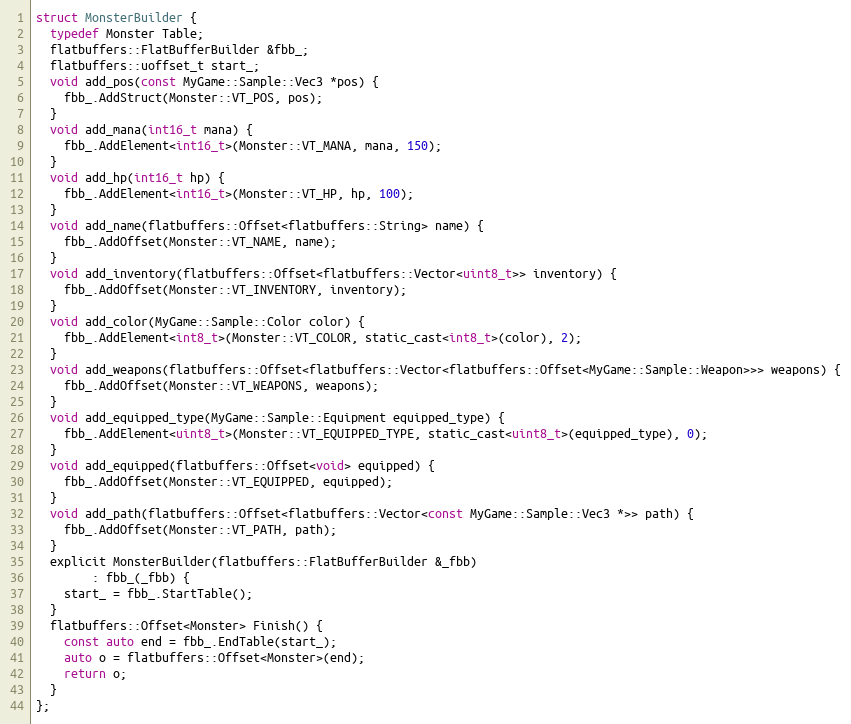
Language: C
struct MonsterBuilder {
  typedef Monster Table;
  flatbuffers::FlatBufferBuilder &fbb_;
  flatbuffers::uoffset_t start_;
  void add_pos(const MyGame::Sample::Vec3 *pos) {
    fbb_.AddStruct(Monster::VT_POS, pos);
  }
  void add_mana(int16_t mana) {
    fbb_.AddElement<int16_t>(Monster::VT_MANA, mana, 150);
  }
  void add_hp(int16_t hp) {
    fbb_.AddElement<int16_t>(Monster::VT_HP, hp, 100);
  }
  void add_name(flatbuffers::Offset<flatbuffers::String> name) {
    fbb_.AddOffset(Monster::VT_NAME, name);
  }
  void add_inventory(flatbuffers::Offset<flatbuffers::Vector<uint8_t>> inventory) {
    fbb_.AddOffset(Monster::VT_INVENTORY, inventory);
  }
  void add_color(MyGame::Sample::Color color) {
    fbb_.AddElement<int8_t>(Monster::VT_COLOR, static_cast<int8_t>(color), 2);
  }
  void add_weapons(flatbuffers::Offset<flatbuffers::Vector<flatbuffers::Offset<MyGame::Sample::Weapon>>> weapons) {
    fbb_.AddOffset(Monster::VT_WEAPONS, weapons);
  }
  void add_equipped_type(MyGame::Sample::Equipment equipped_type) {
    fbb_.AddElement<uint8_t>(Monster::VT_EQUIPPED_TYPE, static_cast<uint8_t>(equipped_type), 0);
  }
  void add_equipped(flatbuffers::Offset<void> equipped) {
    fbb_.AddOffset(Monster::VT_EQUIPPED, equipped);
  }
  void add_path(flatbuffers::Offset<flatbuffers::Vector<const MyGame::Sample::Vec3 *>> path) {
    fbb_.AddOffset(Monster::VT_PATH, path);
  }
  explicit MonsterBuilder(flatbuffers::FlatBufferBuilder &_fbb)
        : fbb_(_fbb) {
    start_ = fbb_.StartTable();
  }
  flatbuffers::Offset<Monster> Finish() {
    const auto end = fbb_.EndTable(start_);
    auto o = flatbuffers::Offset<Monster>(end);
    return o;
  }
};